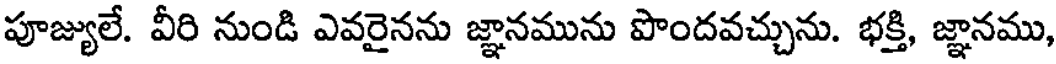
పూజ్యులే. వీరి నుండి ఎవరైనను జ్ఞానమును పొందవచ్చును. భక్తి, జ్ఞానము,